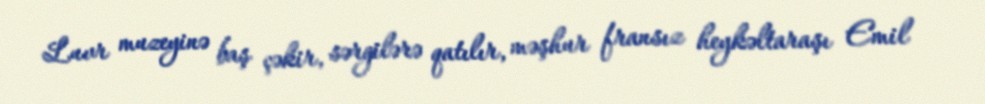
Luvr muzeyinə baş çəkir, sərgilərə qatılır, məşhur fransız heykəltaraşı Emil